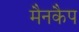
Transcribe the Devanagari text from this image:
मैनकैप